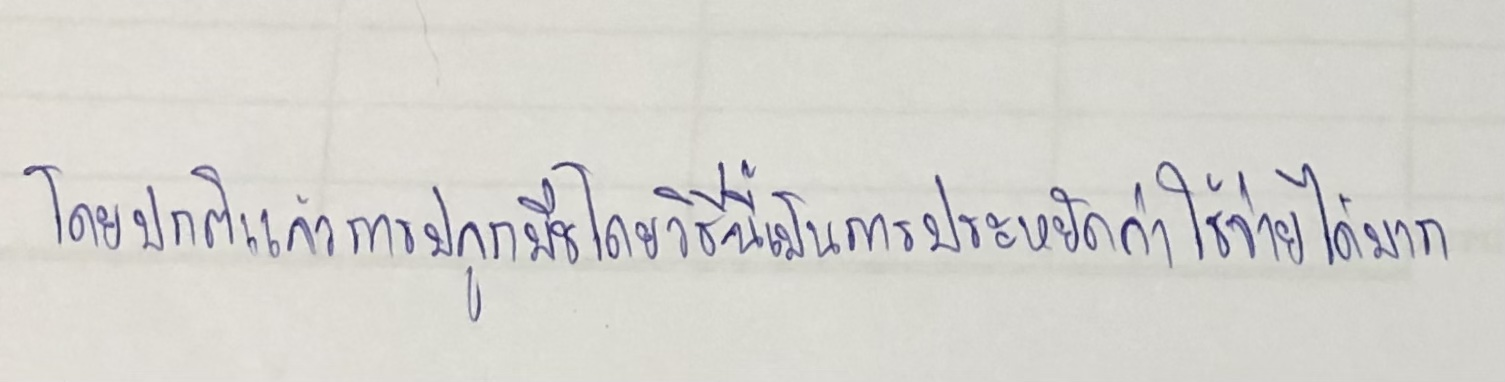
โดยปกติแล้วการปลูกพืชโดยวิธีนี้เป็นการประหยัดค่าใช้จ่ายได้มาก